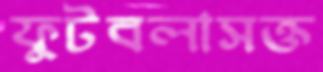
ফুটবলাসক্ত